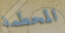
المحطمة